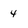
Character: 4